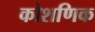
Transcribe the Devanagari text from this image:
कोशणिक